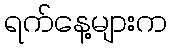
ရက်နေ့များက